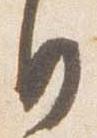
自